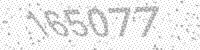
Solution: 165077